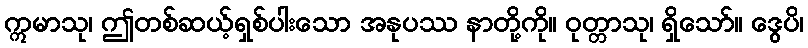
ဣမာသု၊ ဤတစ်ဆယ့်ရှစ်ပါးသော အနုပဿ နာတို့ကို။ ဝုတ္တာသု၊ ရှိသော်။ ဒွေပိ၊